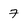
Character: 7